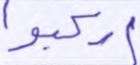
اركبوا